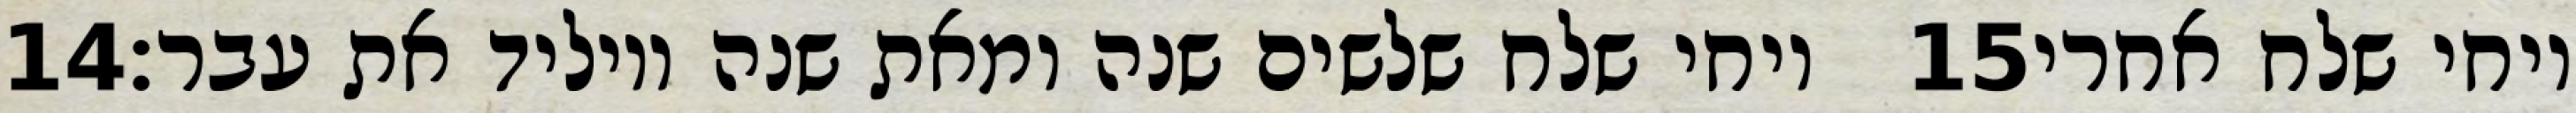
‎14‏ ויחי שלח שלשים שנה ומאת שנה ויוליד את עבר׃ ‎15‏ ויחי שלח אחרי